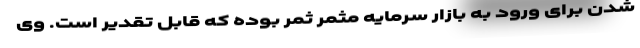
شدن برای ورود به بازار سرمایه مثمر ثمر بوده که قابل تقدیر است. وی